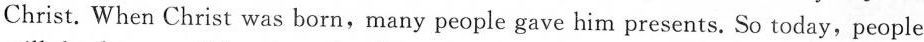
Christ. When Christ was born,many people gave him presents. So today,people